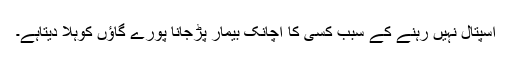
اسپتال نہیں رہنے کے سبب کسی کا اچانک بیمار پڑجانا پورے گاؤں کوہلا دیتاہے۔